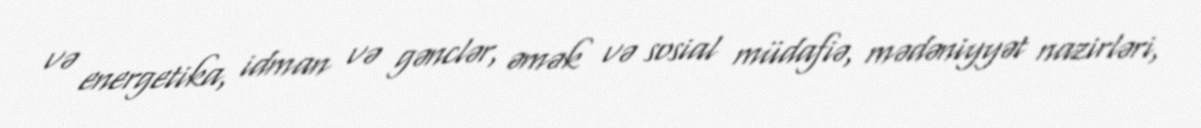
və energetika, idman və gənclər, əmək və sosial müdafiə, mədəniyyət nazirləri,